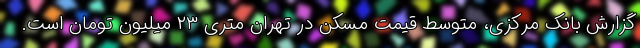
گزارش بانک مرکزی، متوسط قیمت مسکن در تهران متری ۲۳ میلیون تومان است.